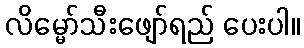
လိမ္မော်သီးဖျော်ရည် ပေးပါ။